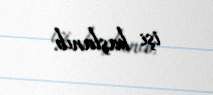
işi başlanıb.